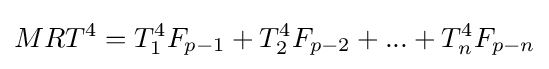
MRT^{4}=T_{1}^{4}F_{p-1}+T_{2}^{4}F_{p-2}+...+T_{n}^{4}F_{p-n}